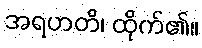
အရဟတိ၊ ထိုက်၏။